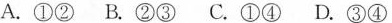
A.①② B.②③ C.①④ D.③④